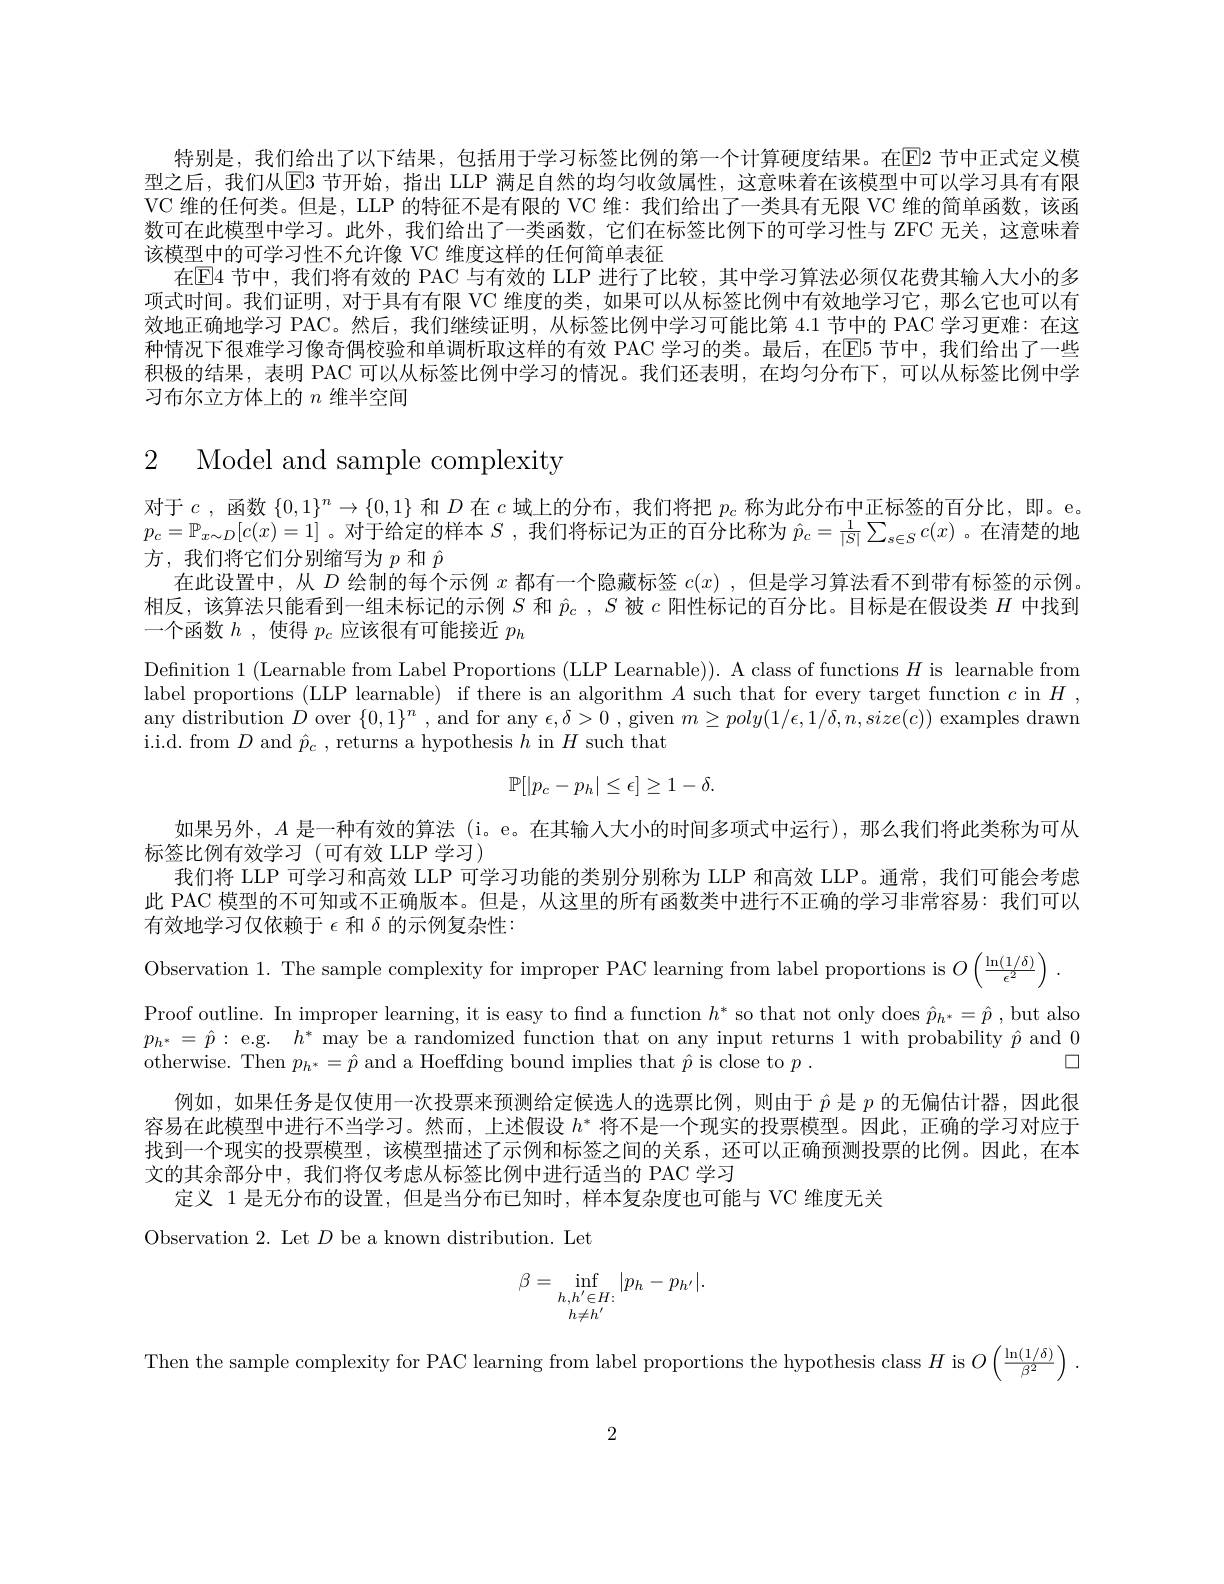
特别是，我们给出了以下结果，包括用于学习标签比例的第一个计算硬度结果。在E2 节中正式定义模型之后，我们从E3 节开始，指出 LLP 满足自然的均匀收敛属性，这意味着在该模型中可以学习具有有限VC 维的任何类。但是，LLP 的特征不是有限的 VC 维：我们给出了一类具有无限 VC 维的简单函数，该函数可在此模型中学习。此外，我们给出了一类函数，它们在标签比例下的可学习性与 ZFC 无关，这意味着该模型中的可学习性不允许像 VC 维度这样的任何简单表征
在E4 节中，我们将有效的 PAC 与有效的 LLP 进行了比较，其中学习算法必须仅花费其输人大小的多项式时间。我们证明，对于具有有限 VC 维度的类，如果可以从标签比例中有效地学习它，那么它也可以有效地正确地学习 PAC。然后，我们继续证明，从标签比例中学习可能比第 4.1 节中的 PAC 学习更难：在这种情况下很难学习像奇偶校验和单调析取这样的有效 PAC 学习的类。最后，在E5 节中，我们给出了一些积极的结果，表明 PAC 可以从标签比例中学习的情况。我们还表明，在均匀分布下，可以从标签比例中学习布尔立方体上的$n$维半空间

2 Model and sample complexity
对于$c$,函数$\{0,1\}^n\to\{0,1\}$和$D$在$c$域上的分布，我们将把$p_c$称为此分布中正标签的百分比，即。e。$p_{c}=\mathbb{P}_{x\sim D}[c(x)=1]$ 。对于给定的样本$S$,我们将标记为正的百分比称为$\hat{p}_c=\frac1{|S|}\sum_{s\in S}c(x)$ 。在清楚的地方，我们将它们分别缩写为$p$和$\hat{p}$
在此设置中，从$D$绘制的每个示例$x$都有一个隐藏标签$c(x)$ ,但是学习算法看不到带有标签的示例相反，该算法只能看到一组未标记的示例$S$和$\hat{p}_c,S$被$c$阳性标记的百分比。目标是在假设类$H$中找到一个函数$h$,使得$p_c$应该很有可能接近$p_h$
Defnition 1 (Learnable from Label Proportions (LLP Learnable)). A class of functions $H$ is learnable from label proportions (LLP learnable) if there is an algorithm $A$ such that for every target function $c$ in $H$,

any distribution $D$ over $\{0,1\}^n$ , and for any $\epsilon,\delta>0$ , given $m\geq poly(1/\epsilon,1/\delta,n,size(c))$ examples drawn
$\operatorname{i.i.d.~from~}D$ and $\hat{p}_{c}$, returns a hypothesis $h$ in $H$ such that
$$\mathbb{P}[|p_c-p_h|\leq\epsilon]\geq1-\delta.$$
如果另外，$A$是一种有效的算法 (i。e。在其输人大小的时间多项式中运行),那么我们将此类称为可从
标签比例有效学习(可有效 LLP 学习)
我们将 LLP 可学习和高效 LLP 可学习功能的类别分别称为 LLP 和高效 LLP。通常，我们可能会考虑此 PAC 模型的不可知或不正确版本。但是，从这里的所有函数类中进行不正确的学习非常容易：我们可以有效地学习仅依赖于$\epsilon$和$\delta$的示例复杂性：
Observation 1. The sample complexity for improper PAC learning from label proportions is $O\left(\frac{\ln(1/\delta)}{\epsilon^2}\right)$
Proof outline. In improper learning, it is easy to find a function $h^{* }$ so that not only does $\hat{p} _{h^{* }}= \hat{p} $,but also $p_{h^{* }}= \hat{p} :$ e. g. $h^{* }$ may be a randomized function that on any input returns 1 with probability $\hat{p}$ and o
例如，如果任务是仅使用一次投票来预测给定候选人的选票比例，则由于$\hat{p}$是$p$的无偏估计器，因此很容易在此模型中进行不当学习。然而，上述假设$h^*$将不是一个现实的投票模型。因此，正确的学习对应于找到一个现实的投票模型 , 该模型描述了示例和标签之间的关系，还可以正确预测投票的比例。因此，在本文的其余部分中，我们将仅考虑从标签比例中进行适当的 PAC 学习
定义 1 是无分布的设置，但是当分布已知时，样本复杂度也可能与 VC 维度无关
Observation 2. Let $D$ be a known distribution. Let
$$\beta=\inf\limits_{\substack{h,h'\in H.\\h\ne h'}}|p_h-p_{h'}|.$$
Then the sample complexity for PAC learning from label proportions the hypothesis class $H$ is $O\left(\frac{\ln(1/\delta)}{\beta^2}\right)$

2